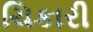
ચિકારી